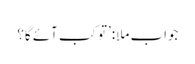
جواب ملا:’تو کب آئے گا؟